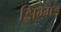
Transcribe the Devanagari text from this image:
झिम्मड